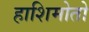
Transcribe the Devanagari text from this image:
हाशिमोतो